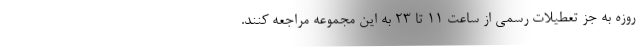
روزه به جز تعطیلات رسمی از ساعت ۱۱ تا ۲۳ به این مجموعه مراجعه کنند.